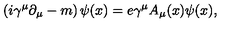
\left( i \gamma ^ { \mu } \partial _ { \mu } - m \right) \psi ( x ) = e \gamma ^ { \mu } A _ { \mu } ( x ) \psi ( x ) ,